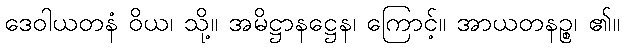
ဒေဝါယတနံ ဝိယ၊ သို့။ အမိဋ္ဌာနဋ္ဌေန၊ ကြောင့်။ အာယတနဉ္စ၊ ၏။